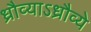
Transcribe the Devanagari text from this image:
ध्रौव्याऽध्रौव्ये